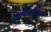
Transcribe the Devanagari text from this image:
खांद्यांपासून